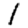
Digit: 1